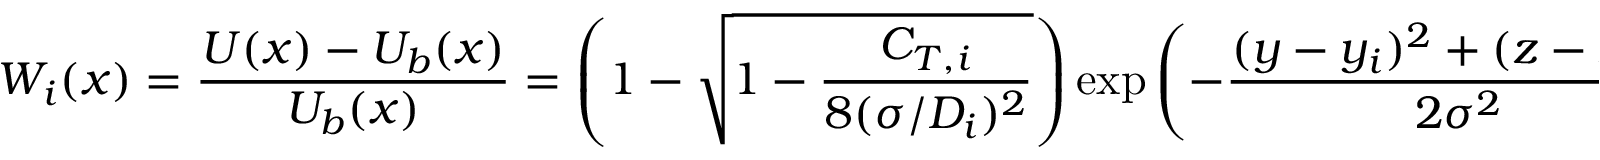
W _ { i } ( \boldsymbol { x } ) = \frac { U ( \boldsymbol { x } ) - U _ { b } ( \boldsymbol { x } ) } { U _ { b } ( \boldsymbol { x } ) } = \left( 1 - \sqrt { 1 - \frac { C _ { T , i } } { 8 ( \sigma / D _ { i } ) ^ { 2 } } } \right) \exp \left( - \frac { ( y - y _ { i } ) ^ { 2 } + ( z - z _ { i } ) ^ { 2 } } { 2 \sigma ^ { 2 } } \right) ,